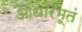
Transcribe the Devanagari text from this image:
आधारभूतं